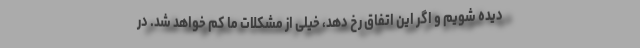
دیده شویم و اگر این اتفاق رخ دهد، خیلی از مشکلات ما کم خواهد شد. در